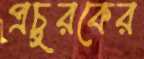
প্রচুরকের